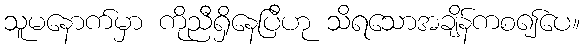
သူမနောက်မှာ ကိုညီရှိနေပြီဟု သိရသောအချိန်ကစ၍ပေ။